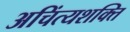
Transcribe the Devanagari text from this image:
अचिंत्यशक्ति